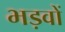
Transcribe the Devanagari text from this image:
भड़वों